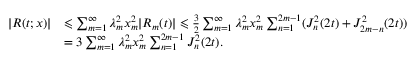
\begin{array} { r l } { | R ( t ; x ) | } & { \leqslant \sum _ { m = 1 } ^ { \infty } \lambda _ { m } ^ { 2 } x _ { m } ^ { 2 } | R _ { m } ( t ) | \leqslant \frac { 3 } { 2 } \sum _ { m = 1 } ^ { \infty } \lambda _ { m } ^ { 2 } x _ { m } ^ { 2 } \sum _ { n = 1 } ^ { 2 m - 1 } ( J _ { n } ^ { 2 } ( 2 t ) + J _ { 2 m - n } ^ { 2 } ( 2 t ) ) } \\ & { = 3 \sum _ { m = 1 } ^ { \infty } \lambda _ { m } ^ { 2 } x _ { m } ^ { 2 } \sum _ { n = 1 } ^ { 2 m - 1 } J _ { n } ^ { 2 } ( 2 t ) . } \end{array}